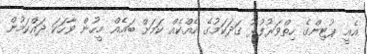
އެއީ ޕުޓިންގެ ހިތްވަރުފުޅު ގަދަކަމުގެ ހެއްކެއް ކަމަށް ބައެއް މީހުން ވާހަކަ ދައްކަމުން